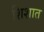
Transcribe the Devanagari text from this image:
शिशात